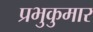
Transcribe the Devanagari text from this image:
प्रभुकुमार